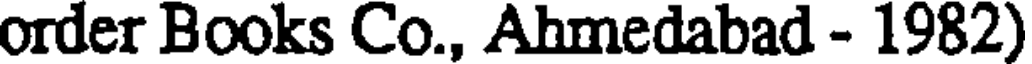
order Books Co., Ahmedabad - 1982)